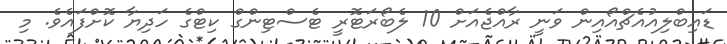
ޑައިބްލިއުއެޗްއޯއިން ވަނީ ރާއްޖެއަށް 10 ލެބޯރަޓޮރީ ޓެސްޓިންގް ކިޓްގެ ހަދިޔާ ކޮށްފައެވެ. މި